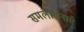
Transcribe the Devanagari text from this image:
समलोचनाएँ